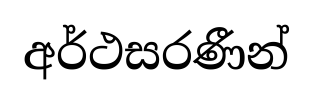
අර්ථසරණීන්